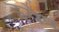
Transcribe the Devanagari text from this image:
इयेष